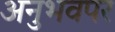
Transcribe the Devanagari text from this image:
अनुभवपर